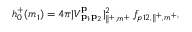
h _ { 0 } ^ { + } ( m _ { 1 } ) = 4 \pi | V _ { \mathbf { p } _ { 1 } , \mathbf { p } _ { 2 } } ^ { \mathbf { p } } | _ { \parallel ^ { + } , m ^ { + } } ^ { 2 } \, f _ { p 1 2 , \parallel ^ { + } , m ^ { + } } ,